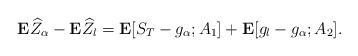
LaTeX: \begin{align*} \mathbf{E}\widehat{Z}_\alpha- \mathbf{E}\widehat{Z}_l=\mathbf{E}[ S_T- g_\alpha;A_1]+\mathbf{E}[ g_l- g_\alpha;A_2].\end{align*}